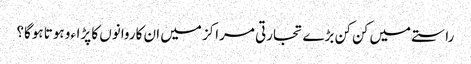
راستے میں کن کن بڑے تجارتی مراکز میں ان کاروانوں کا پڑاءو ہوتا ہوگا؟